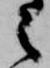
之